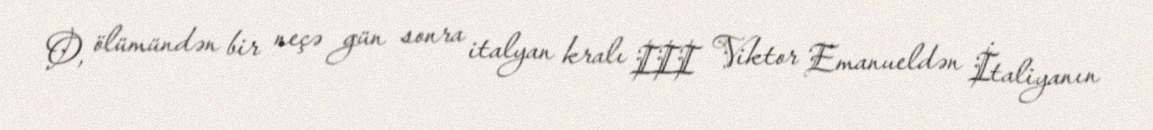
O, ölümündən bir neçə gün sonra italyan kralı III Viktor Emanueldən İtaliyanın